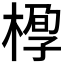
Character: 𰘆